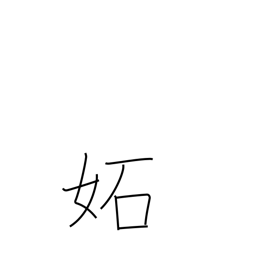
Meaning: envy